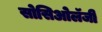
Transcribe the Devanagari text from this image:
सोसिओलॅजी